system: You are a helpful assistant.
user:
Analyze the provided spectrum to determine if it is a **S-type Star**.

- **Key Indicators for S-type Star:**

    - **(Overall Spectrum Shape):** The first and most obvious characteristic is the overall continuum (the "baseline" shape). It is **extremely "red-sloping,"** meaning the flux (light intensity) is very low on the left side (blue, ~4000-4500 Å) and rises steeply and continuously toward the right side (red, ~7000 Å+).

    - **(Primary):** The spectrum is defined by the presence of strong, broad molecular absorption "valleys" (bands) from **Zirconium Oxide (ZrO)**. The identification of these bands is the **primary requirement** for classifying a star as S-type.
        - **(Key Bandheads):** You must find distinct, deep "dips" where the light has been absorbed. The most critical band systems to locate are:
            - **~6474 Å** ($\gamma$-system): This is often the strongest and clearest ZrO feature, found in the red part of the spectrum.
            - **~5718 Å** & **~5551 Å** ($\beta$-system): A pair of prominent absorption features in the yellow-orange part of the spectrum.
            - **~4640 Å** ($\alpha$-system): A key absorption band system in the blue-green region of the spectrum.

    - **(Secondary Confirmation):** The classification is strengthened by finding additional absorption bands from other related heavy element oxides, which are expected to be present alongside ZrO.
        - **(Key Bandheads):**
            - **Yttrium Oxide (YO):** Look for absorption dips near **~4800 Å** and **~6100 Å**.
            - **Lanthanum Oxide (LaO):** Additional absorption features, particularly in the red-orange part of the spectrum, are also characteristic.

    - **(Line Profile):** The combination of the steep red continuum and these numerous, deep molecular bands (ZrO, YO, etc.) gives the entire spectrum a very **"chopped-up"** or **"bumpy"** appearance. Instead of a smooth curve, the spectrum looks as though large, wide chunks of light have been "carved out" of it at the specific wavelengths listed above.

Think first, call **spectral_visualization_tool** if needed to examine features in detail, then provide your final answer. Your response must adhere to the following strict rules:
1.  **Overall Structure:** Your response must follow the format `<think>...</think> <tool_call>...</tool_call> (if a tool is used) <answer>...</answer>`.
2.  **Tool Usage Constraint:** You may only make **one** tool call per turn.
3.  **Final Answer Format:** In the `<answer>` tag, your conclusion must be inside a `\boxed{}` command (e.g., `\boxed{YES}` or `\boxed{NO}`), followed by your justification.

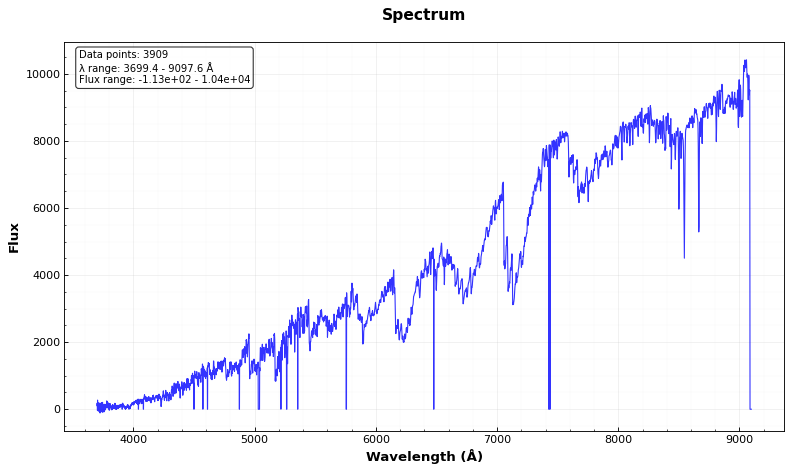
Answer: YES